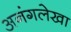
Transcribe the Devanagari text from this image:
अनंगलेखा